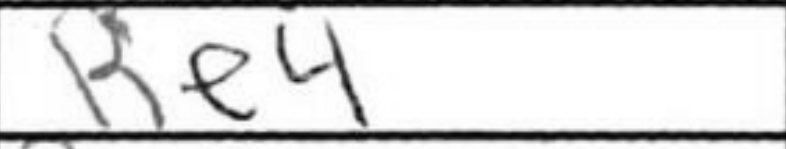
Transcription: Re4